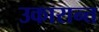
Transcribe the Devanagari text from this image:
उकारान्त